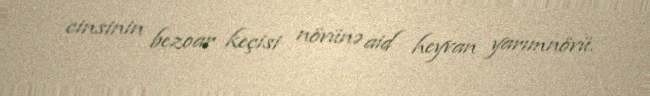
cinsinin bezoar keçisi növünə aid heyvan yarımnövü.